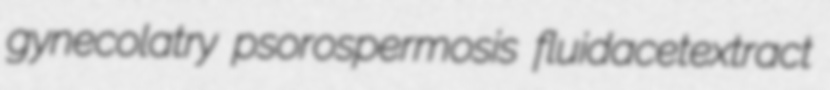
gynecolatry psorospermosis fluidacetextract